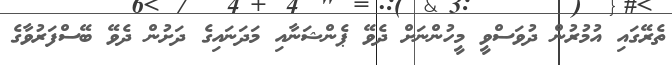
ތެރޭގައި އުމުރުން ދުވަސްވީ މީހުންނަށް ދެވޭ ޕެންޝަނާއި މަދަނައިގެ ދަށުން ދެވޭ ބޭސްފަރުވާގެ